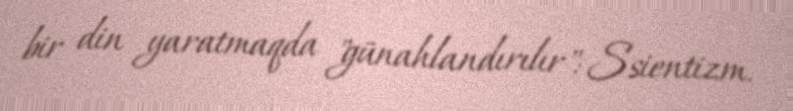
bir din yaratmaqda "günahlandırılır": Ssientizm.